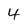
Character: 4